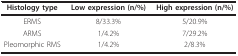
| Histology type | Low expression (n/%) | High expression (n/%) |
 | --- | --- | --- |
 | ERMS | 8/33.3% | 5/20.9% |
 | ARMS | 1/4.2% | 7/29.2% |
 | Pleomorphic RMS | 1/4.2% | 2/8.3% |